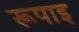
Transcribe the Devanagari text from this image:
रूपाइ